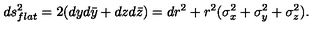
d s _ { f l a t } ^ { 2 } = 2 ( d y d \bar { y } + d z d \bar { z } ) = d r ^ { 2 } + r ^ { 2 } ( \sigma _ { x } ^ { 2 } + \sigma _ { y } ^ { 2 } + \sigma _ { z } ^ { 2 } ) .